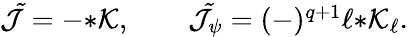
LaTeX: \begin{array}{r}{{\cal\tilde{J}}=-{*\cal K},\qquad{\cal\tilde{J}}_{\psi}=(-)^{q+1}\ell{*{\cal K}_{\ell}}.}\end{array}